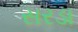
સરડા